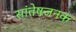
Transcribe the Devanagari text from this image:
सांतेषजनक